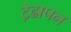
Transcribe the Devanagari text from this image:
ट़ेढापन